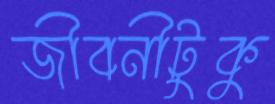
জীবনীটুকু